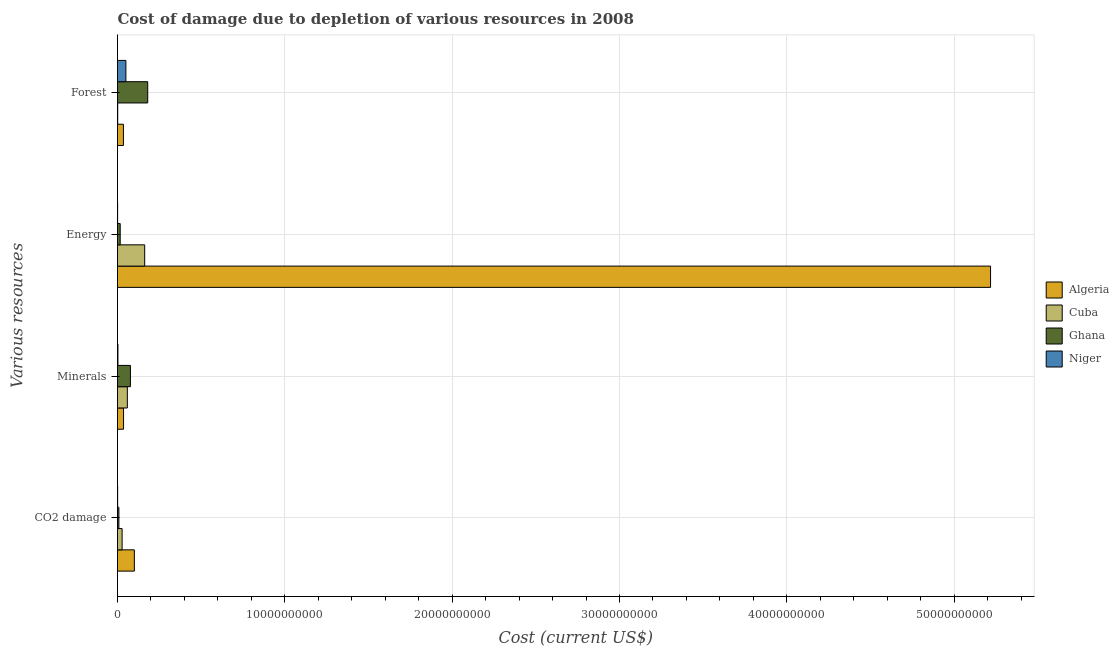
| Various resources | Algeria | Cuba | Ghana | Niger |
 | --- | --- | --- | --- | --- |
 | CO2 damage | 1.01e+09 | 2.75e+08 | 8.25e+07 | 8.27e+06 |
 | Minerals | 3.61e+08 | 5.88e+08 | 7.72e+08 | 2.58e+07 |
 | Energy | 5.22e+10 | 1.62e+09 | 1.61e+08 | 6.09e+06 |
 | Forest | 3.55e+08 | 1.25e+07 | 1.81e+09 | 5.01e+08 |